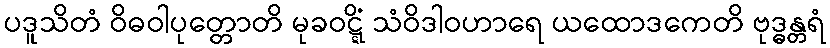
ပဒူသိတံ ဝိဓဝါပုတ္တောတိ မုခဝဋ္ဋိံ သံဝိဒါဝဟာရေ ယထောဒကေတိ ဗုဒ္ဓန္တရံ